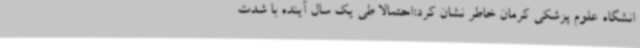
انشگاه علوم پزشکی کرمان خاطر نشان کرد:احتمالا طی یک سال آینده با شدت